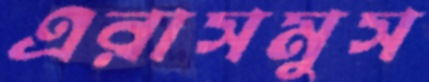
এরাসমুস